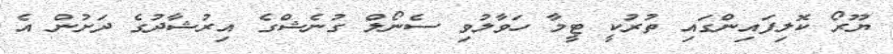
ޔޫރޯ ކޮލިފައިންގައި ތުރުކީ ޓީމާ ހަވާލުވި ސެނޯލް ގުނެޝްގެ އިރުޝާދުގެ ދަށުން އެ